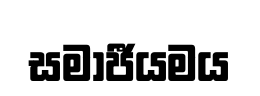
සමාජීයමය